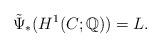
LaTeX: \begin{align*}\tilde\Psi_\ast (H^1(C;\mathbb Q))=L.\end{align*}